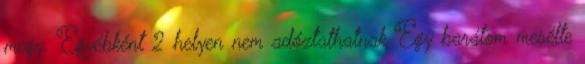
megy. Egyébként 2 helyen nem adóztathatnak Egy barátom mesélte